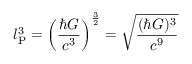
l _ { \mathrm { P } } ^ { 3 } = \left( { \frac { \hbar G } { c ^ { 3 } } } \right) ^ { \frac { 3 } { 2 } } = { \sqrt { \frac { ( \hbar G ) ^ { 3 } } { c ^ { 9 } } } }